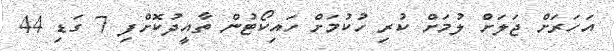
އަހަރަށް ޖަލަށް ލުމަށް ކުރި ހުކުމަށް ހައިކޯޓުން ތާއީދުކޮށްފި 7 ގަޑި 44